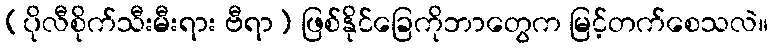
(ပိုလီစိုက်သီးမီးရား ဗီရာ) ဖြစ်နိုင်ခြေကိုဘာတွေက မြင့်တက်စေသလဲ။